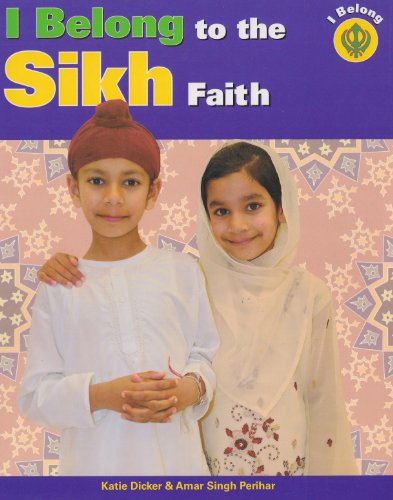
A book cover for I Belong to the Sikh Faith; Katie Dicker; Children's Books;